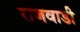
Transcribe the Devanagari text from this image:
राजवाडी